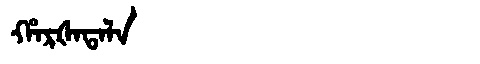
Manchu: ᡥᠠᡵᡧᠠᡨᠠᠯᠠ
Romanization: HARŠATALA